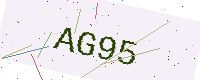
Text: AG95